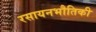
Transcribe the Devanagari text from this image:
रसायनभौतिकी